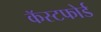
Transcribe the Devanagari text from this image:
कॅस्टफोर्ड